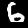
Digit: 6